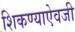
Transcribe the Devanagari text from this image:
शिकण्याऐवजी